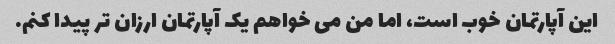
این آپارتمان خوب است، اما من می خواهم یک آپارتمان ارزان تر پیدا کنم.